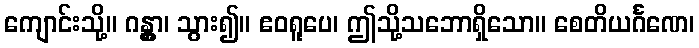
ကျောင်းသို့။ ဂန္တွာ၊ သွား၍။ ဧဝရူပေ၊ ဤသို့သဘောရှိသော။ စေတိယင်္ဂဏေ၊